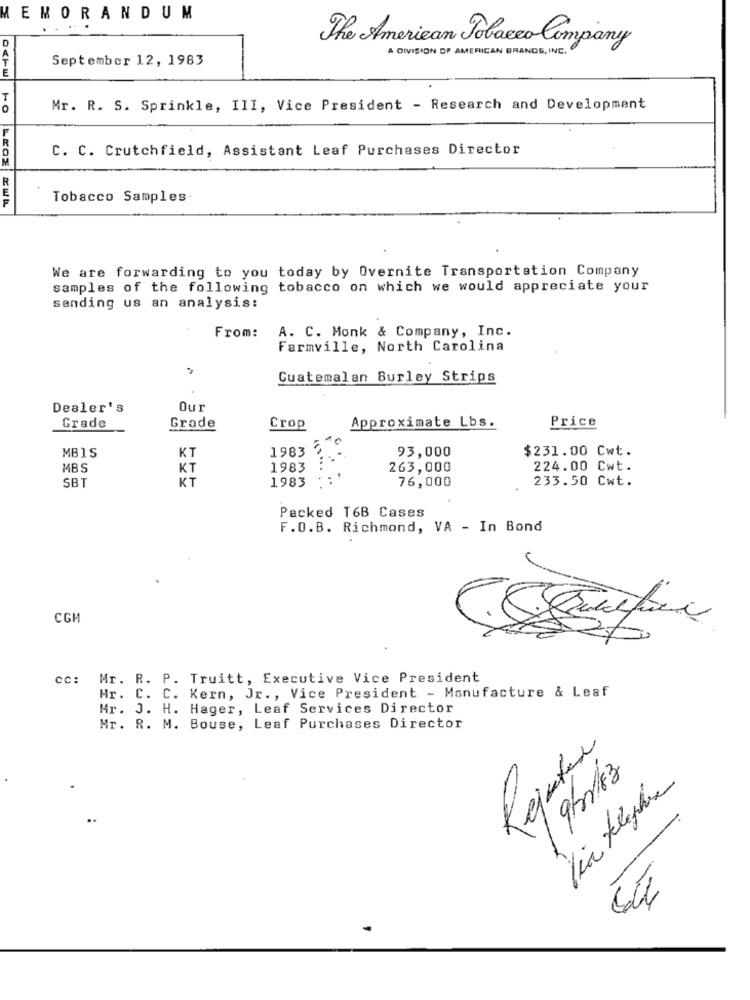
MEMORANDUM
D
The American Tobacco Company
A DIVISION OF AMERICAN BRANDS, INC.
September 12, 1983
Mr. R. S. Sprinkle, III, Vice President - Research and Development
C. C. Crutchfield, Assistant Leaf Purchases Director
Tobacco Samples
We are forwarding to you today by Overnite Transportation Company
samples of the following tobacco on which we would appreciate your
sending us an analysis:
From:
A. C. Monk & Company, Inc.
Farmville, North Carolina
Guatemalan Burley Strips
Dealer's
Our
Approximate Lbs.
Price
Grade
Grade
Crop
MBIS
1983
93,000
$231.00 Cwt.
KT
MBS
KT
1983
263,000
224.00 Cwt.
KT
76,000
233.50 Cwt.
SBT
1983
Packed T6B Cases
F.O.B. Richmond, VA - In Bond
CGM
cc: Mr. R. P. Truitt, Executive Vice President
Mr. C. C. Kern, Jr ., Vice President - Manufacture & Leaf
Mr. J. H. Hager, Leaf Services Director
Mr. R. M. Bouse, Leaf Purchases Director
Tejater